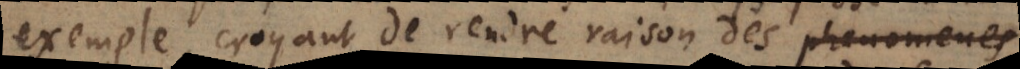
exemple, croyant de rendre raison des phenomenes